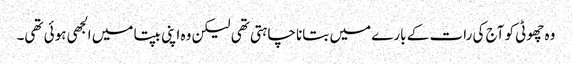
وہ چھوٹی کو آج کی رات کے بارے میں بتانا چاہتی تھی لیکن وہ اپنی بپتا میں الجھی ہوئی تھی۔